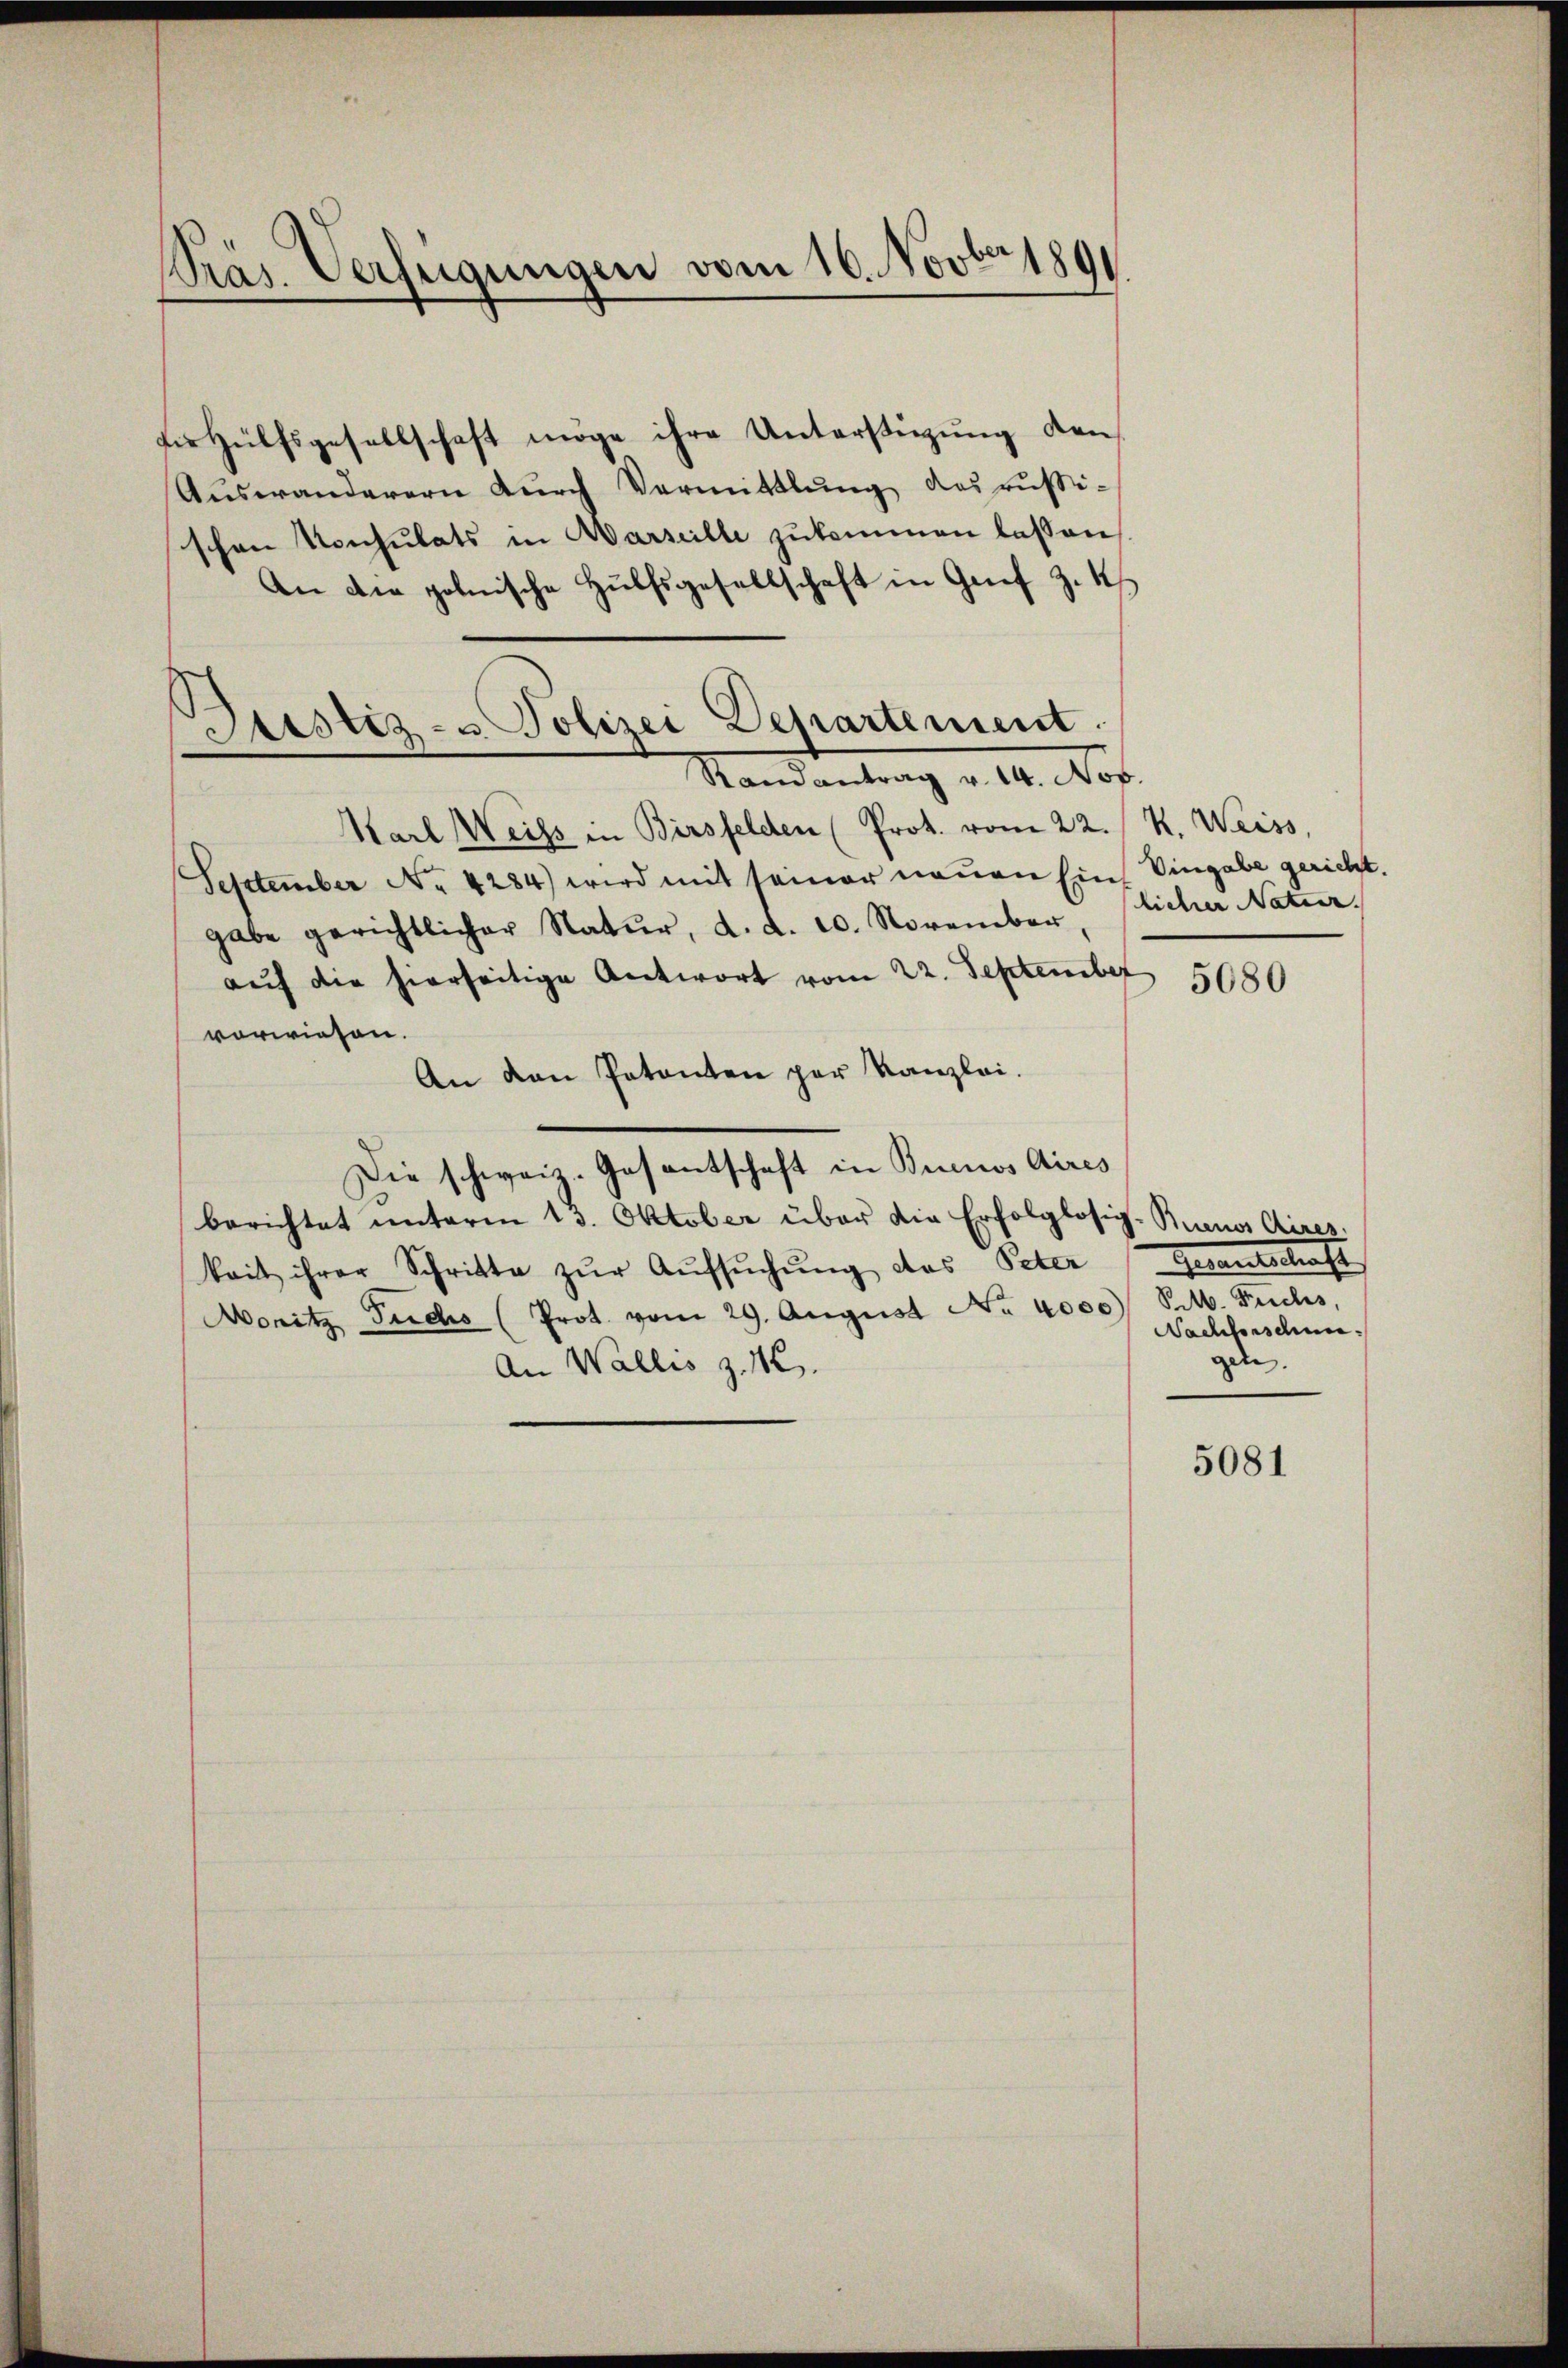
Präs. Verfügungen vom 16. Novber 1890

fir Hülfsgesellschaft möge ihre Unterstüzung den
Auswanderern durch Vermittlung des rusi-
schen Konsulats in Marseille zŭkommen lassen,
An die polnische Hülfsgesellschaft in Genf Z. 4
Karl Weiss in Birsfelden (Prot. vom 22. / K. Weiss,
September No. 4284) wird mit seiner neuen Ein Eingabe gericht.
gabe gerichtlicher Natur, d. d. 20. November licher Natur.
aŭf die hierseitige Antwort vom 22. September
vorwiesen.
An den Patenten par Kanzlei.
Die schweiz. Gesantschaft in Buenos Aires
berichtet unterm 13. Oktober über die Erfolglosig-Buenos Aires,
kait ihrer Schritte zŭr Aŭfsŭchŭng das Peter Gesantschaft
Moritz Fuchs (Prot. vom 29. August No. 4000 Selb. Fuchs,
An Wallis Z. 12.

Justiz- & Polizei Departement
Randantrag v. 14. Nov.

5680

Nachforschun
gete

5081